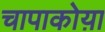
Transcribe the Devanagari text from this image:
चापाकोय़ा